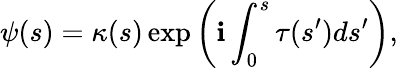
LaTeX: \psi(s)=\kappa(s)\exp\left(\mathbf{i}\int_{0}^{s}\tau(s^{\prime})ds^{\prime}\right),